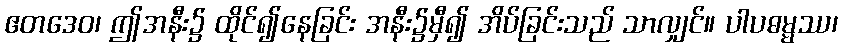
ဧတဒေဝ၊ ဤအနီး၌ ထိုင်၍နေခြင်း အနီး၌မှီ၍ အိပ်ခြင်းသည် သာလျှင်။ ပါပဓမ္မဿ၊